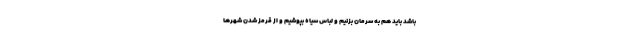
باشد باید هم به سرمان بزنیم و لباس سیاه بپوشیم و از قرمز شدن شهرها